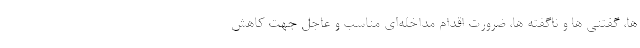
ها، گفتنی ها و ناگفته ها، ضرورت اقدام مداخله‌ای مناسب و عاجل جهت کاهش